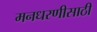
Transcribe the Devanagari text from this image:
मनधरणीसाठी